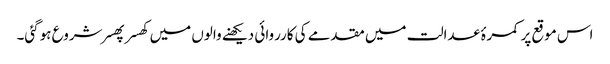
اس موقع پر کمرۂ عدالت میں مقدمے کی کارروائی دیکھنے والوں میں کھسر پھسر شروع ہوگئی۔